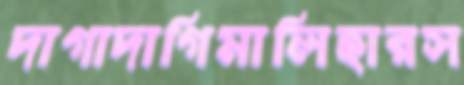
দাগাদাগিমালিহারস